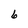
Character: 6